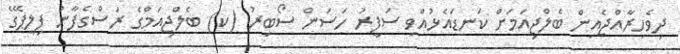
ދިވެހިރާއްޖެއިން ބެލްޖިއަމަށް ކަނޑައެޅުއްވި ސަފީރު ހަސަން ސޯބިރު (ކ) ބެލްޖިއަމްގެ ރަސްގެފާނު ފިލީޕޭގެ